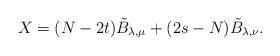
LaTeX: \begin{align*}X = (N-2t)\tilde B_{\lambda,\mu} + (2s-N) \tilde B_{\lambda,\nu}.\end{align*}